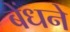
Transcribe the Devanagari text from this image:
बेंधने